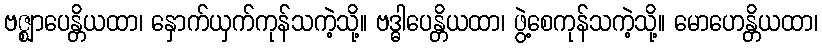
ဗဇ္ဈာပေန္တိယထာ၊ နှောက်ယှက်ကုန်သကဲ့သို့။ ဗဒ္ဓါပေန္တိယထာ၊ ဖွဲ့စေကုန်သကဲ့သို့။ မောဟေန္တိယထာ၊